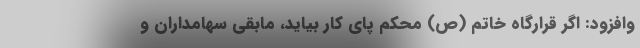
وافزود: اگر قرارگاه خاتم (ص) محکم پای کار بیاید، مابقی سهامداران و